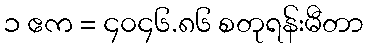
၁ ဧက = ၄၀၄၆.၈၆ စတုရန်းမီတာ